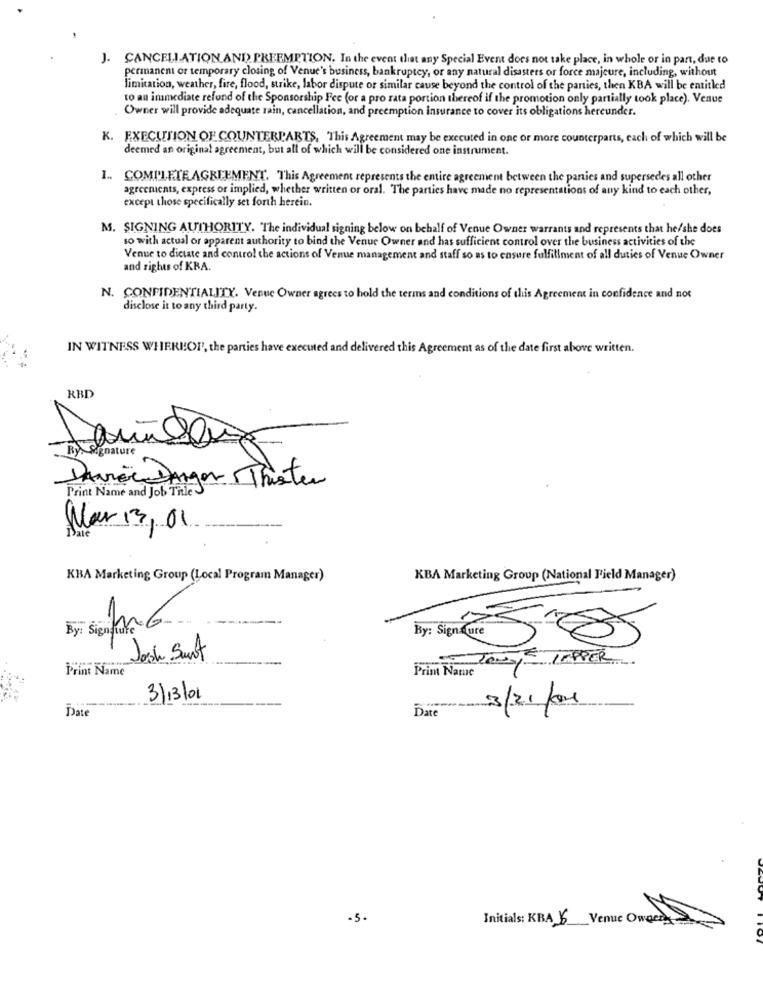
J. CANCELLATION AND PREEMPTION. In the event that any Special Event does not take place, in whole or in part, due to
permanent or temporary closing of Venue's business, bankruptcy, or any natural disasters or force majeure, including, without
limitation, weather, fire, flood, strike, labor dispute or similar cause beyond the control of the parties, then KBA will be entitled
to an immediate refund of the Sponsorship Fee (or a pro rata portion thereof if the promotion only partially took place). Venue
Owner will provide adequate rain, cancellation, and preemption insurance to cover its obligations hereunder.
K. EXECUTION OF COUNTERPARTS, This Agreement may be executed in one or more counterparts, each of which will be
deemed an original agreement, but all of which will be considered one instrument.
1 .. COMPLETE AGREEMENT. This Agreement represents the entire agreement between the parties and supersedes all other
agreements, express or implied, whether written or oral. The parties have made no representations of any kind to each other,
except those specifically set forth herein.
M. SIGNING AUTHORITY. The individual signing below on behalf of Venue Owner warrants and represents that he/she does
so with actual or apparent authority to bind the Venue Owner and has sufficient control over the business activities of the
Venue to dictate and control the actions of Venue management and staff so as to ensure fulfillment of all duties of Venue Owner
and rights of KRA.
N. CONFIDENTIALITY. Venue Owner agrees to hold the terms and conditions of this Agreement in confidence and not
disclose it to any third party.
IN WITNESS WHERE!OP, the parties have executed and delivered this Agreement as of the date first above written.
RHD
Ry. Signature
DANIEL Danger Thisten
Print Name and Job TRIES
Nar 13, 01
Date
KBA Marketing Group (Local Program Manager)
KBA Marketing Group (National Field Manager)
-
fr.6
Josh Sant
TONYE TEPPER
Print Name
Prim Name
3/13/01
Date
Date
3/21/or
-5.
Initials: KBA K Venue Oween>